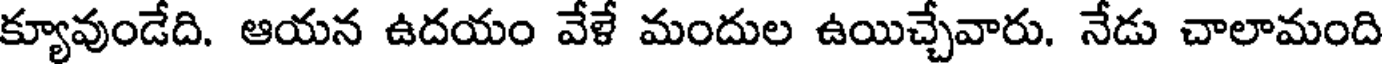
క్యూవుండేది. ఆయన ఉదయం వేళే మందుల ఉయిచ్చేవారు. నేడు చాలామంది